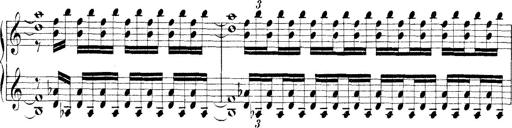
Title: Technische Studien
Composer: Franz Liszt